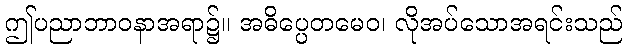
ဤပညာဘာဝနာအရာ၌။ အဓိပ္ပေတမေဝ၊ လိုအပ်သောအရင်းသည်